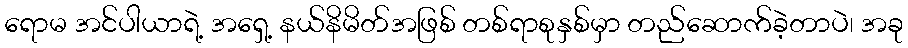
ရောမ အင်ပါယာရဲ့ အရှေ့ နယ်နိမိတ်အဖြစ် တစ်ရာစုနှစ်မှာ တည်ဆောက်ခဲ့တာပဲ၊ အခု